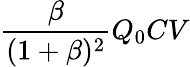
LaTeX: \frac{\beta}{(1+\beta)^{2}}Q_{0}CV